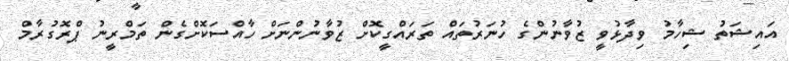
އައިޝަތު ޝިހާމު ވިދާޅުވީ ޒުވާނުންގެ ހުނަރުތައް ތަރައްގީކޮށް ޒުވާނުންނަށް ހާއްސަކޮށްގެން ތަމްރީނު ޕްރޮގުރާމް